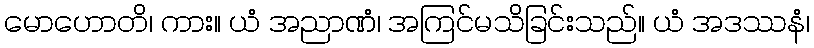
မောဟောတိ၊ ကား။ ယံ အညာဏံ၊ အကြင်မသိခြင်းသည်။ ယံ အဒဿနံ၊